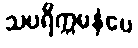
သပရိက္ကမနံပေ